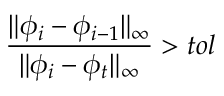
\frac { \lVert \phi _ { i } - \phi _ { i - 1 } \rVert _ { \infty } } { \lVert \phi _ { i } - \phi _ { t } \rVert _ { \infty } } > t o l